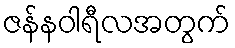
ဇန်နဝါရီလအတွက်